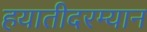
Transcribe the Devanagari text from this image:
हयातीदरम्यान